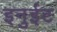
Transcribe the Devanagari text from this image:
इनुईट